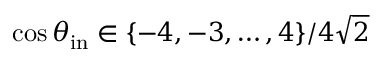
\cos \theta _ { \mathrm { i n } } \in \{ - 4 , - 3 , \ldots , 4 \} / 4 \sqrt { 2 }